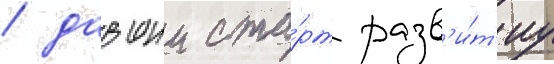
/ давшии ста́рт разв'и́т'иу